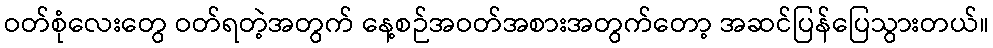
ဝတ်စုံလေးတွေ ဝတ်ရတဲ့အတွက် နေ့စဉ်အဝတ်အစားအတွက်တော့ အဆင်ပြန်ပြေသွားတယ်။